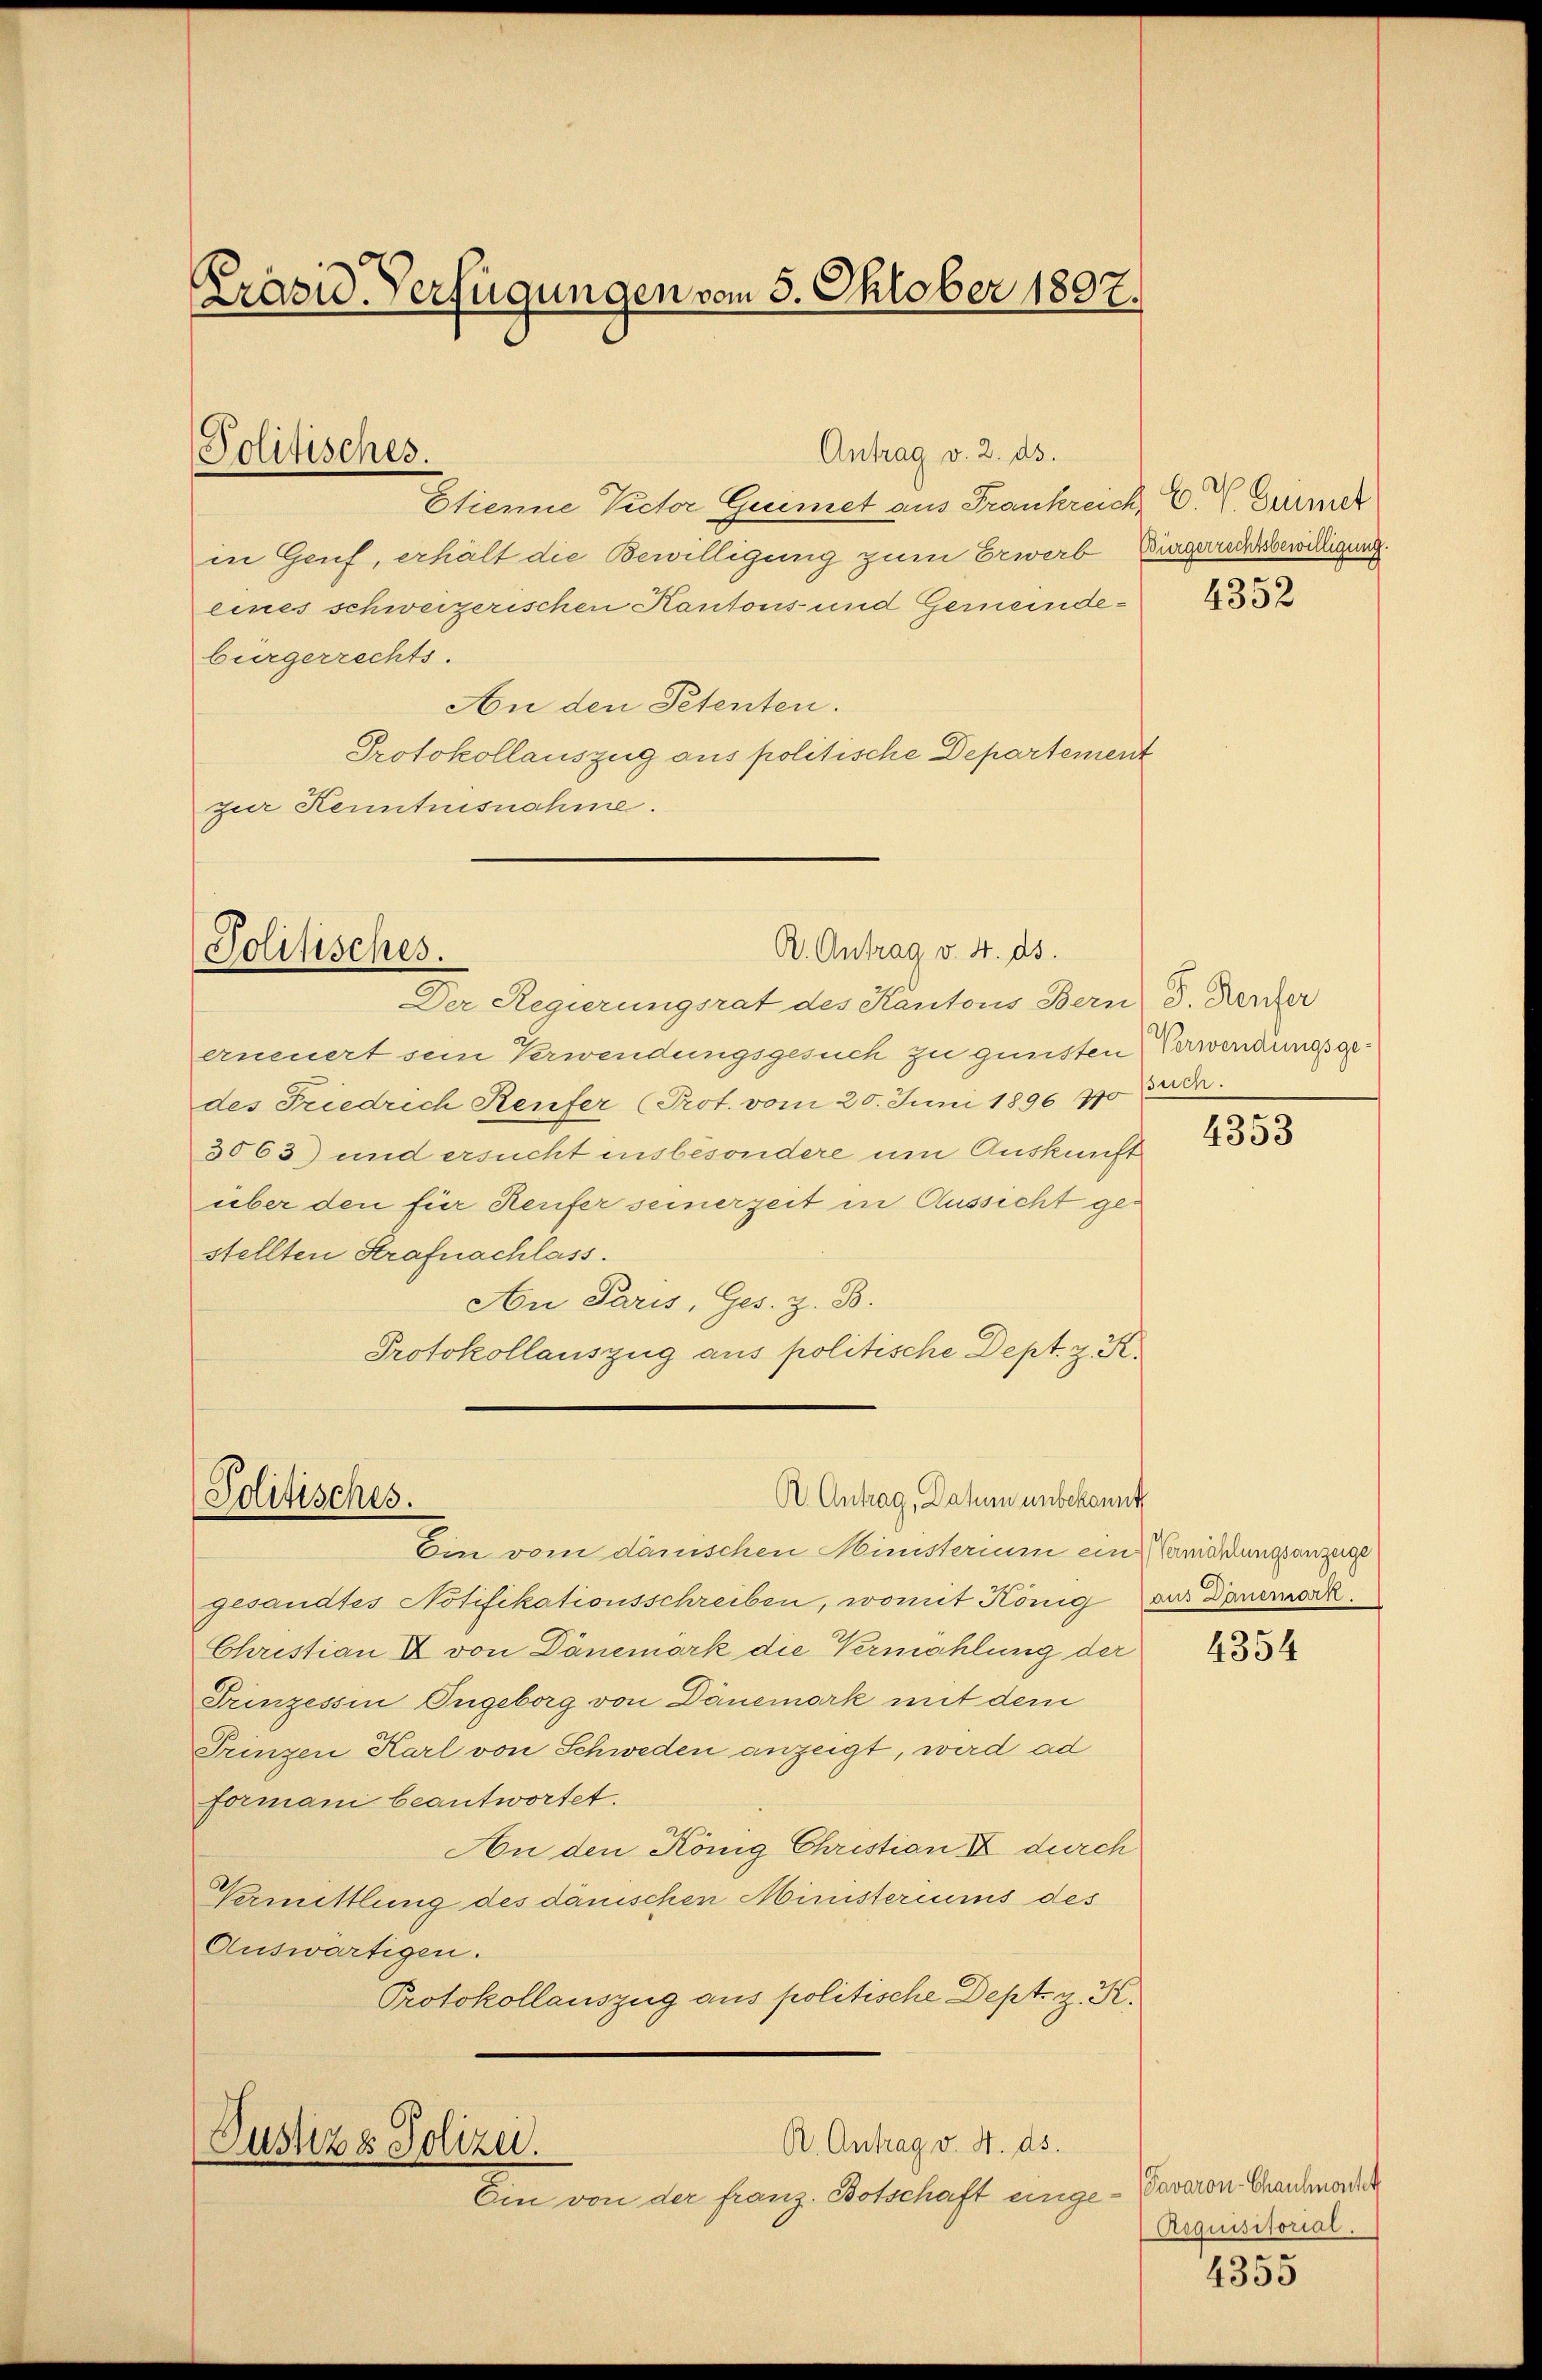
Präsid Verfügungen vom 5. Oktober 1897.

Politisches.

Etienne Picher Grimet aus Frankreich, E. Grüner
in Genf, erhält die Bewilligung zum Erwerb, Bürgerrechtsbewilligung
eines schweizerischen Kantons- und Gemeindebürgerrechts.
An den Petenten.
Protokollauszug aus politische Departement
zur Kenntnisnahme.

Antrag v. 2. ds.

R. Antrag v. 4. ds.
Politisches.

R. Antrag, Datum unbekannt
Politisches.

R. Antrag v. 4. ds.
Justiz & Polizei.
Ein von der franz. Botschaft einge¬

Der Regierungsrat des Kantons Bern d. Herzer
erneuert sein Verwendungsgesuch zu gunsten Verwendungsgedes Friedrich Reufer (Prot. vom 20. Juni 1896 770
3063) und ersucht insbesondere um Auskunft
über den für Reufer seinerzeit in Aussicht gestellten Strafnachlass.
An Paris, Ges. z. B.
Protokollauszug aus politische Dept. z. R.

Christian & von Dänemark die Vermählung der
Prinzessin Ungeborg von Dänemark mit dem
Frinzen Karl von Schweden anzeigt, wird ad
formani beantwortet.
An den König Christian II durch
Vermittlung des dänischen Ministeriums des
Auswärtigen.
Protokollauszug aus politische Dept. z. K.

Ein vom dänischen Ministerium ein Vermandlungsanzeige
gesandtes Notifikationsschreiben, womit König aus Dauerorde

4352

such.

4353

4354

Pavaron-Chausmarckt
Acquisitorial.

4355